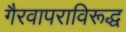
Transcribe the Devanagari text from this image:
गैरवापराविरूद्ध